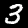
Digit: 3